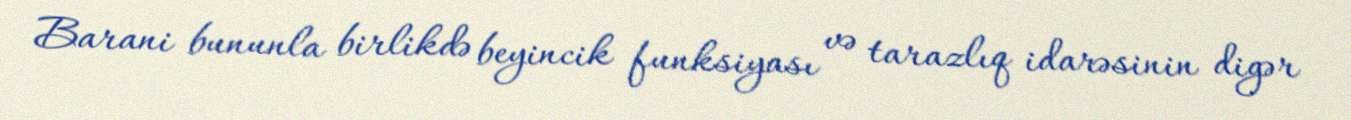
Barani bununla birlikdə beyincik funksiyası və tarazlıq idarəsinin digər